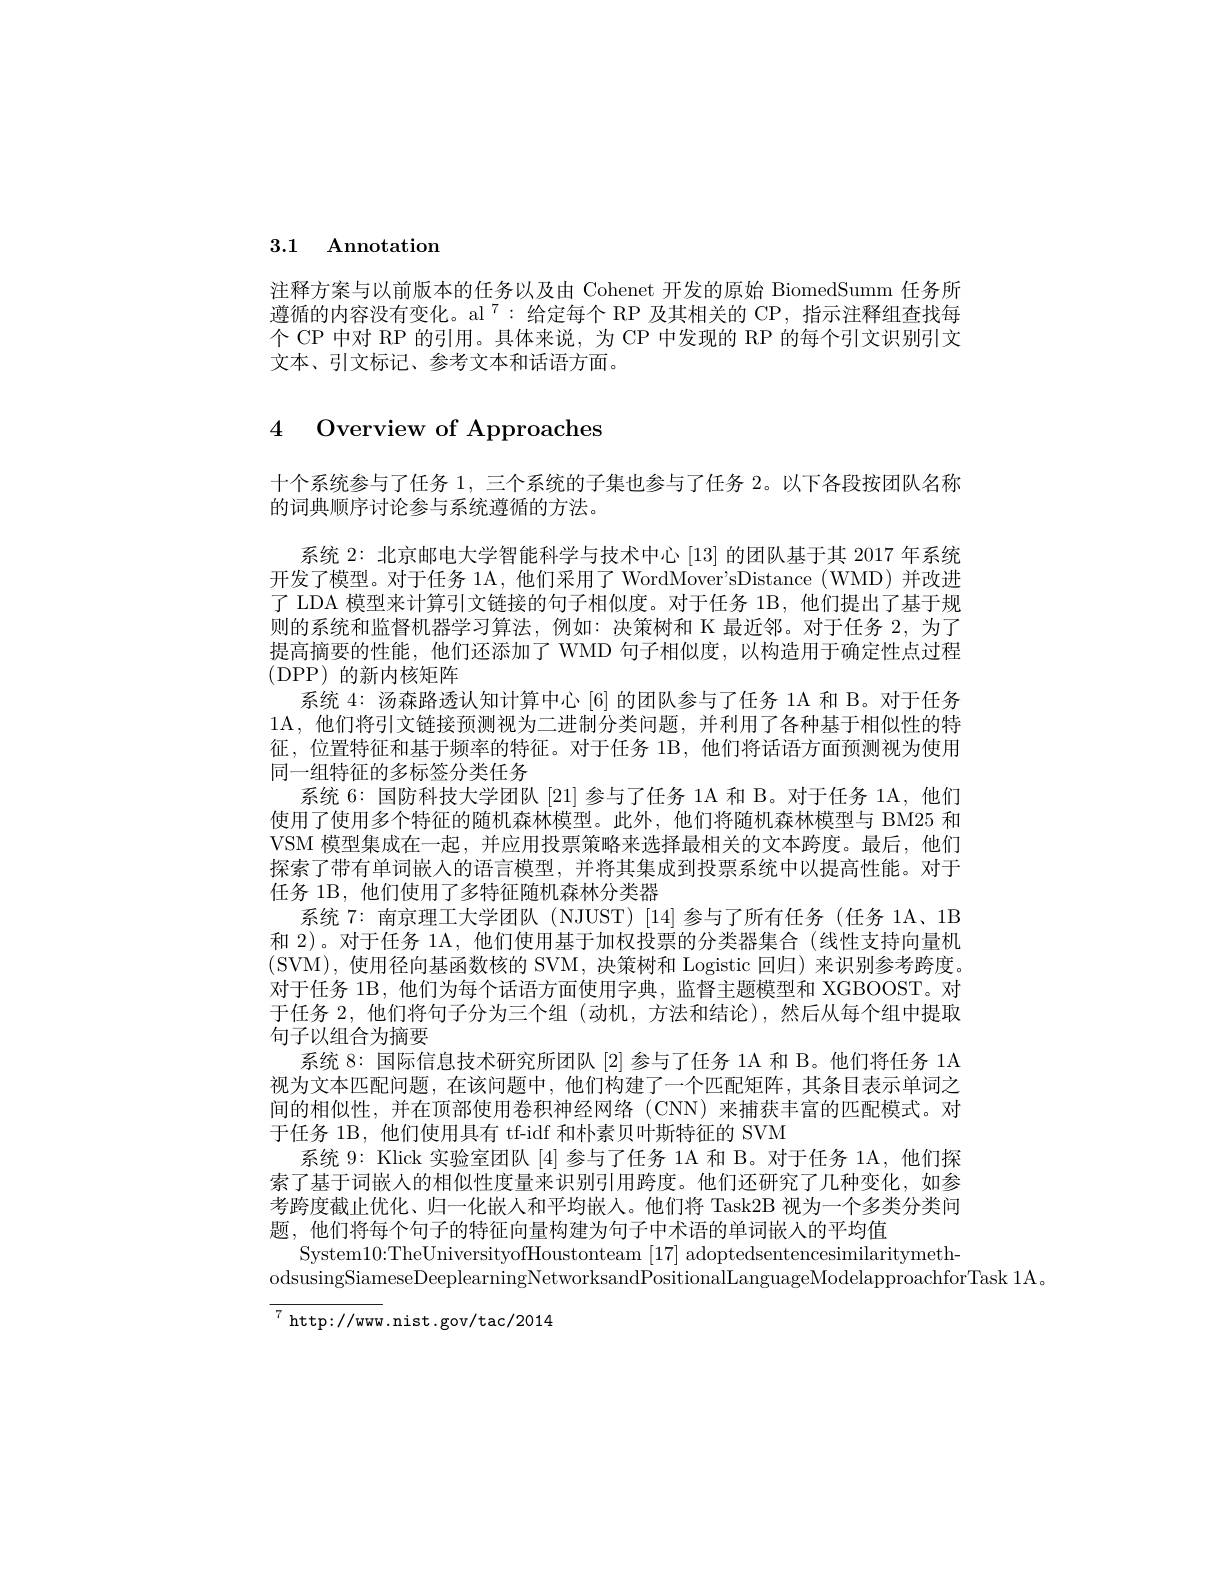
# 3.1 Annotation

注释方案与以前版本的任务以及由 Cohenet 开发的原始 BiomedSumm 任务所遵循的内容没有变化。al $^{7}:$给定每个 RP 及其相关的 CP, 指示注释组查找每个 CP 中对 RP 的引用。具体来说，为 CP 中发现的 RP 的每个引文识别引文文本、引文标记、参考文本和话语方面。

# 4 Overview of Approaches

十个系统参与了任务 1, 三个系统的子集也参与了任务 2。以下各段按团队名称
的词典顺序讨论参与系统遵循的方法。
系统 2: 北京邮电大学智能科学与技术中心 [13] 的团队基于其 2017 年系统开发了模型。对于任务 1A, 他们采用了 WordMover'sDistance (WMD) 并改进了 LDA 模型来计算引文链接的句子相似度。对于任务 1B,他们提出了基于规则的系统和监督机器学习算法，例如：决策树和 K 最近邻。对于任务 2,为了提高摘要的性能，他们还添加了 WMD 句子相似度，以构造用于确定性点过程(DPP)的新内核矩阵
系统 4: 汤森路透认知计算中心[6]的团队参与了任务 1A 和 B。对于任务1A,他们将引文链接预测视为二进制分类问题，并利用了各种基于相似性的特征，位置特征和基于频率的特征。对于任务 1B,他们将话语方面预测视为使用同一组特征的多标签分类任务
系统 6: 国防科技大学团队[21]参与了任务 1A 和 B。对于任务 1A,他们使用了使用多个特征的随机森林模型。此外，他们将随机森林模型与 BM25 和VSM 模型集成在一起，并应用投票策略来选择最相关的文本跨度。最后，他们探索了带有单词嵌人的语言模型，并将其集成到投票系统中以提高性能。对于任务 1B, 他们使用了多特征随机森林分类器
系统 7: 南京理工大学团队 (NJUST)[14]参与了所有任务(任务 1A、1B 和 2)。对于任务 1A, 他们使用基于加权投票的分类器集合 (线性支持向量机(SVM),使用径向基函数核的 SVM,决策树和 Logistic 回归)来识别参考跨度。对于任务 1B, 他们为每个话语方面使用字典，监督主题模型和 XGBOOST。对于任务 2, 他们将句子分为三个组(动机，方法和结论),然后从每个组中提取句子以组合为摘要
系统 8: 国际信息技术研究所团队[2]参与了任务 1A 和 B。他们将任务 1A 视为文本匹配问题，在该问题中，他们构建了一个匹配矩阵，其条目表示单词之间的相似性，并在顶部使用卷积神经网络(CNN)来捕获丰富的匹配模式。对于任务 1B, 他们使用具有 tf-idf 和朴素贝叶斯特征的 SVM
系统 9: Klick 实验室团队[4]参与了任务 1A 和 B。对于任务 1A,他们探索了基于词嵌入的相似性度量来识别引用跨度。他们还研究了几种变化，如参考跨度截止优化、归一化嵌人和平均嵌人。他们将 Task2B 视为一个多类分类问题，他们将每个句子的特征向量构建为句子中术语的单词嵌入的平均值
System10:TheUniversityofHoustonteam [17] adoptedsentencesimilaritymeth-
odsusingSiameseDeeplearningNetworksandPositionalLanguageModelapproachforTask 1A.

$^{7}$http://www.nist.gov/tac/2014